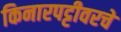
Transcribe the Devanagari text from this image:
किनारपट्टीवरचे